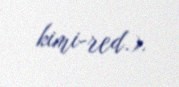
kimi-red.).